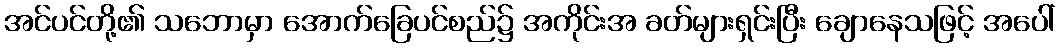
အင်ပင်တို့၏ သဘောမှာ အောက်ခြေပင်စည်၌ အကိုင်းအ ခတ်များရှင်းပြီး ချောနေသဖြင့် အပေါ်